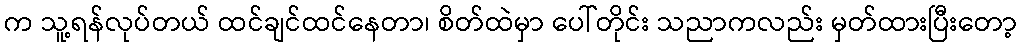
က သူ့ရန်လုပ်တယ် ထင်ချင်ထင်နေတာ၊ စိတ်ထဲမှာ ပေါ်တိုင်း သညာကလည်း မှတ်ထားပြီးတော့